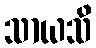
သာယသိ